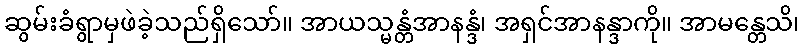
ဆွမ်းခံရွာမှဖဲခဲ့သည်ရှိသော်။ အာယသ္မန္တံအာနန္ဒံ၊ အရှင်အာနန္ဒာကို။ အာမန္တေသိ၊